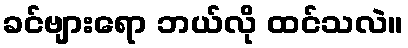
ခင်ဗျားရော ဘယ်လို ထင်သလဲ။